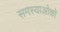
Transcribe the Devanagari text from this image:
समस्याओको